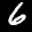
Label: 6